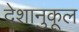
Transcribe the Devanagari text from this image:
देशानुकूल